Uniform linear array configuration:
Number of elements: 4
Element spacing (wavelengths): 0.25
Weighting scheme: uniform
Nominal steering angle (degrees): -15
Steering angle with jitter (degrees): -15.627
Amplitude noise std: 0.05
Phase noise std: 0.05

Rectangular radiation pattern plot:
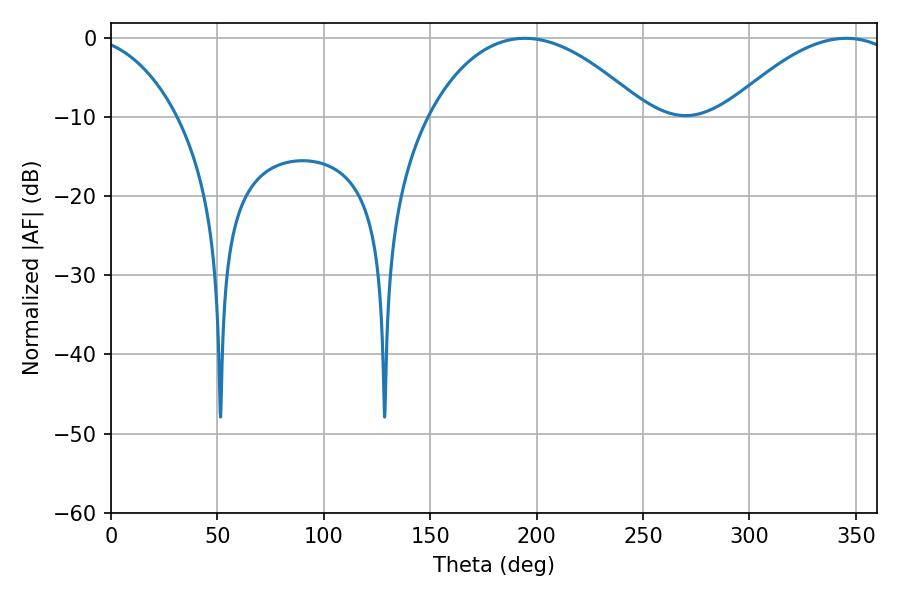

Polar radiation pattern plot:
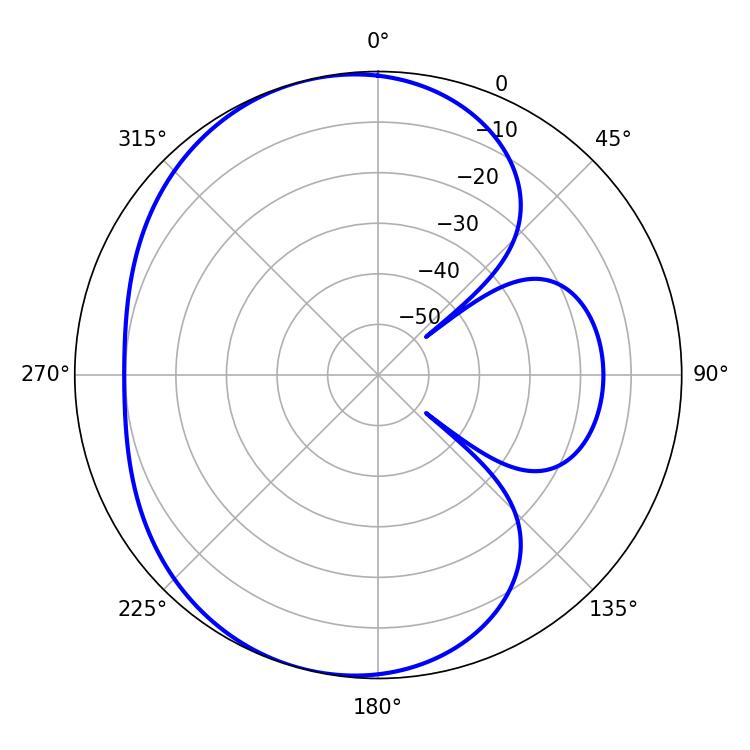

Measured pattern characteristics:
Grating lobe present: FALSE
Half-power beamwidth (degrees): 57.06
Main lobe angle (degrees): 194.4